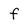
Character: f